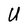
Character: U